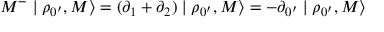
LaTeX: M ^ { - } \mid \rho _ { 0 ^ { \prime } } , M \rangle = ( \partial _ { 1 } + \partial _ { 2 } ) \mid \rho _ { 0 ^ { \prime } } , M \rangle = - \partial _ { 0 ^ { \prime } } \mid \rho _ { 0 ^ { \prime } } , M \rangle